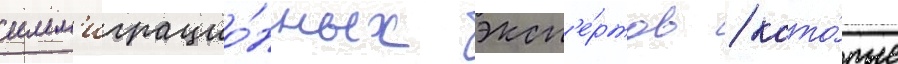
имм'играцио́нных эксп'е́ртов / кото́рые